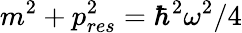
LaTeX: m^{2}+p_{res}^{2}=\hbar^{2}\omega^{2}/4